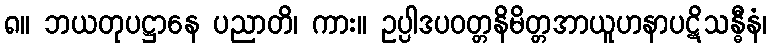
၈။ ဘယတုပဋ္ဌာနေ ပညာတိ၊ ကား။ ဥပ္ပါဒပဝတ္တနိမိတ္တအာယူဟနာပဋိသန္ဓီနံ၊